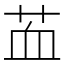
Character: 䒸